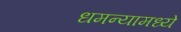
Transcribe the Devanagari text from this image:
धमन्यामध्ये